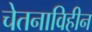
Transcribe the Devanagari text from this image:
चेतनाविहीन